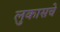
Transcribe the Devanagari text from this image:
लुकासचे